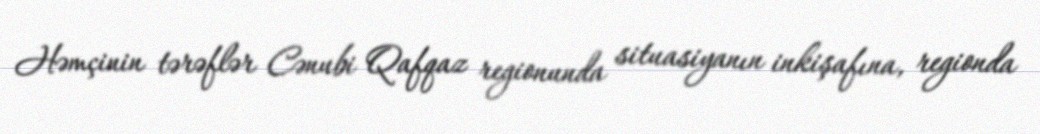
Həmçinin tərəflər Cənubi Qafqaz regionunda situasiyanın inkişafına, regionda